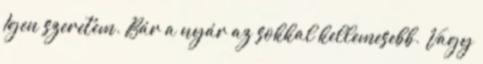
Igen szeretem. Bár a nyár az sokkal kellemesebb. Vagy